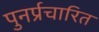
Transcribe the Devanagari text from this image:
पुनर्प्रचारित